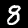
Digit: 8